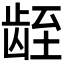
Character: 𬺁